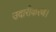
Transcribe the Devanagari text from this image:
उदारीकरण।